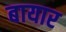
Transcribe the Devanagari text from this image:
बायार